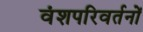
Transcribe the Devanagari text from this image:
वंशपरिवर्तनों